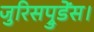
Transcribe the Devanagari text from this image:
जुरिसप्रुडेंस।